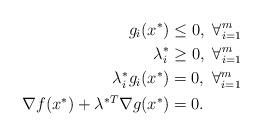
LaTeX: \begin{align*}g_i(x^*)&\leq 0,~\forall^{m}_{i=1} \\\lambda^*_i&\geq 0,~\forall^{m}_{i=1} \\\lambda^*_i g_i(x^*)&=0,~\forall^{m}_{i=1} \\\nabla f(x^*)+\lambda^{*T}\nabla g(x^*)&=0. \end{align*}